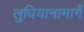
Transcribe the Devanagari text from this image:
लुधियानामार्गे